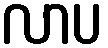
လာပ